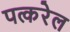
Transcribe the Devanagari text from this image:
पत्करेल